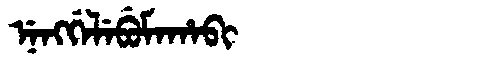
Manchu: ᠨᡝᠩᡤᡝᠯᡝᠪᡠᠮᠠᡥᠠᠪᡳ
Romanization: NENGGELEBUMAHABI